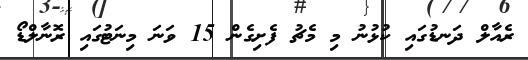
ރެއާލް ދަނޑުގައި ކުޅުނު މި މެޗު ފެށިގެން 15 ވަނަ މިނަޓުގައި ރޮނާލްޑޯ